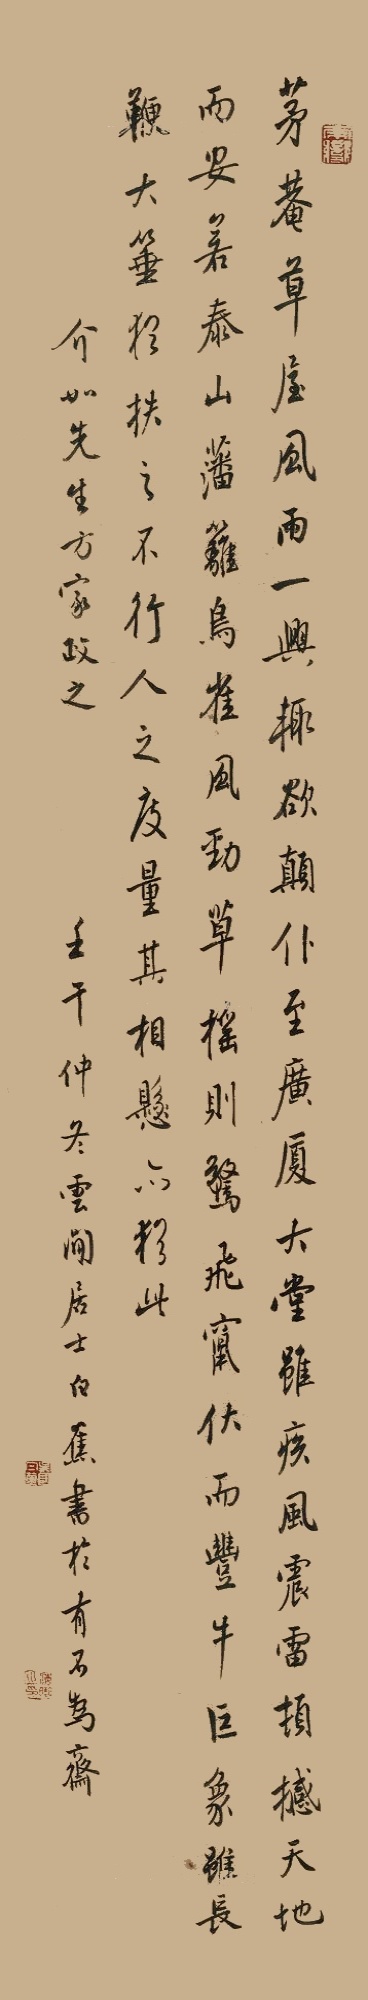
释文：茅庵草屋，风雨一兴，辄欲颠仆。至广厦大堂，虽疾风震雷，顿撼天地，而安若泰山。藩篱鸟雀，风劲草摇，则惊飞窜伏。而丰牛巨象，虽长鞭大箠，犹抶之不行。人之度量，其相悬亦犹此。介如先生方家政之，壬午仲冬云间居士白蕉书于有不为斋。